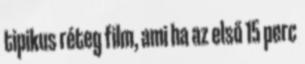
tipikus réteg film, ami ha az első 15 perc